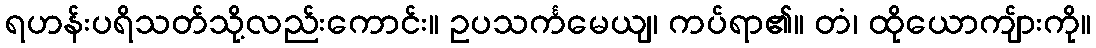
ရဟန်းပရိသတ်သို့လည်းကောင်း။ ဥပသင်္ကမေယျ၊ ကပ်ရာ၏။ တံ၊ ထိုယောကျ်ားကို။